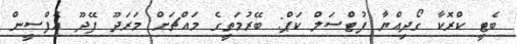
ބެޓީ ކްރޮކާ ގޯދިއްޔާ ފުޓްސަލް ކަޕް: ބޭރުމަތީގެ މައްޗަށް މަރަދޫ ފޭދޫ އެފްސީން